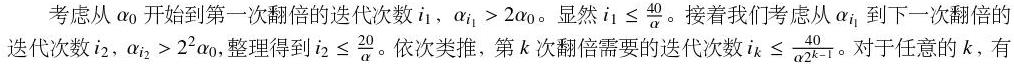
考虑从 $\alpha_0$ 开始到第一次翻倍的迭代次数 $i_1$, $\alpha_{i_1}>2\alpha_0$。显然 $i_1\leq \frac{40}{\alpha}$。接着我们考虑从 $\alpha_{i_1}$ 到下一次翻倍的迭代次数 $i_2$, $\alpha_{i_2}>2^2\alpha_0$, 整理得到 $i_2\leq \frac{20}{\alpha}$。依次类推, 第 $k$ 次翻倍需要的迭代次数 $i_k\leq \frac{40}{ \alpha 2^{k - 1}}$。对于任意的 $k$, 有